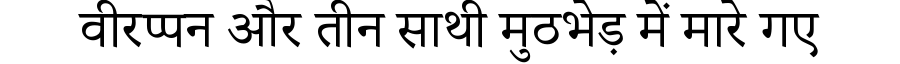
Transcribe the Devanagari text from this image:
वीरप्पन और तीन साथी मुठभेड़ में मारे गए